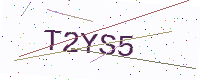
Text: T2YS5